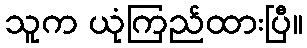
သူက ယုံကြည်ထားပြီ။